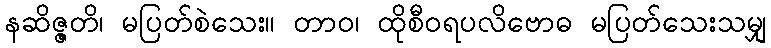
နဆိဇ္ဇတိ၊ မပြတ်စဲသေး။ တာဝ၊ ထိုစီဝရပလိဗောဓ မပြတ်သေးသမျှ